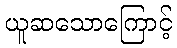
ယူဆသောကြောင့်